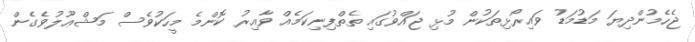
ޖެހެމުންދިޔަ މަޑުމަޑު ވައިރޯޅިތަކުން މުޅި ޖައްވުގައި ތެތްފިނިކަމެއް ވާއިރު ކޮންމެ މީހަކުވެސް މަޝްޢޫލުވެގެން